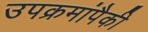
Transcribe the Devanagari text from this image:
उपक्रमांपैकी